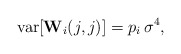
\begin{align*}\mbox{var}[\mathbf{W}_i(j,j)] = p_i\, \sigma^4,\end{align*}